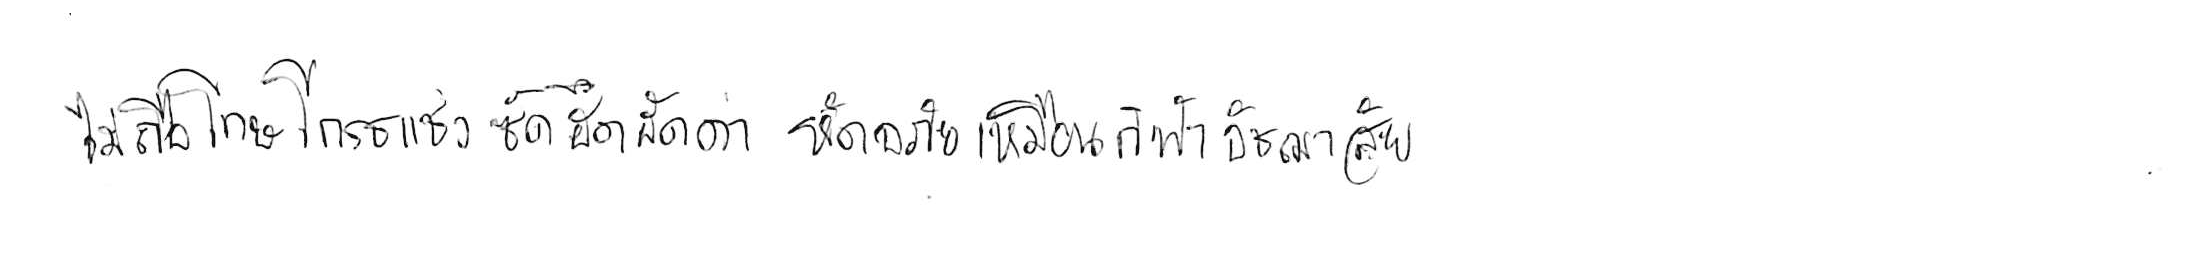
ไม่ถือโทษโกรธแช่งซัดฮึดฮัดด่า หัดอภัยเหมือนกีฬาอัชฌาสัย